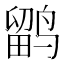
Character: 鹠